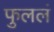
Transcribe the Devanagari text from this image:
फुललं